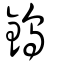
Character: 鎢